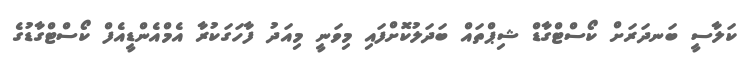
ކަލާސީ ބަނދަރަށް ކޯސްޓްގާޑް ޝިޕްތައް ބަދަލުކޮށްފައި މިވަނީ މިއަދު ފާހަގަކުރާ އެމްއެންޑީއެފް ކޯސްޓްގާޑުގެ